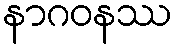
နာဂဝနဿ